Vaccination Hyderabad 1872-1889 - 1872-1889
Year: 1872
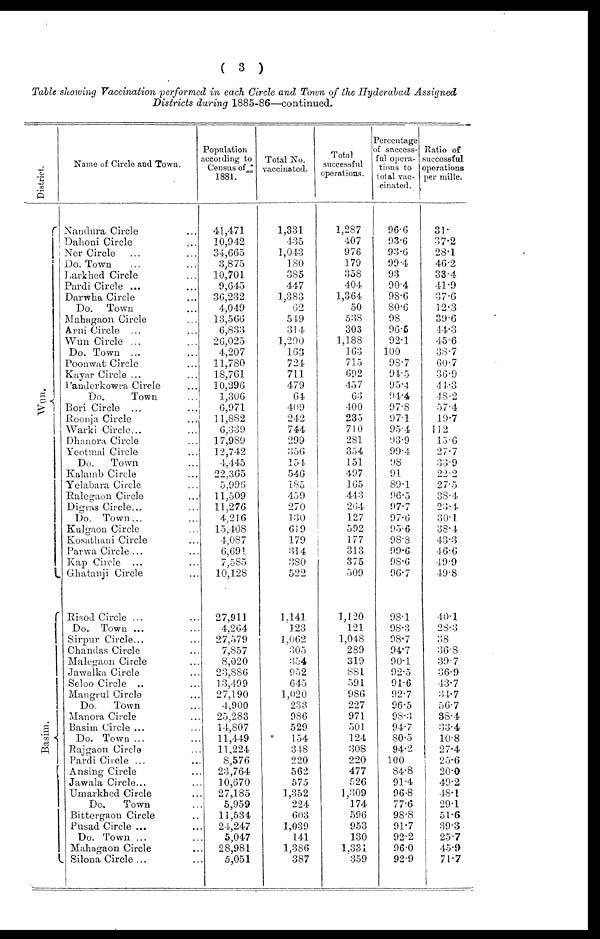
( 3 )
Table showing Vaccination performed in each Circle and Town of the Hyderabad Assigned
Districts during 1885-86—continued.
District.
Wun.
Basim.
Name of Circle and Town.
Nandura Circle ...
Dahoni Circle ...
Ner Circle ... ...
Do. Town ... ...
Larkhed Circle ...
Pardi Circle ... ...
Darwha Circle ...
Do. Town ...
Mahagaon Circle ...
Arni Circle ... ...
Wun Circle ... ...
Do. Town ... ...
Poonwat Circle ...
Kayar Circle ... ...
Panderkowra Circle ...
Do.
Town ...
Bori Circle ... ...
Roonja Circle ...
Warki Circle... ...
Dhanora Circle ...
Yeotmal Circle ...
Do.
Town ...
Kalamb Circle ...
Yelabara Circle ...
Ralegaon Circle ...
Digras Circle... ...
Do. Town... ...
Kulgaon Circle ...
Kosathani Circle ...
Parwa Circle ... ...
Kap Circle ... ...
Ghatanji Circle ...
Risod Circle ... ...
Do. Town ... ...
Sirpur Circle... ...
Chandas Circle ...
Malegaon Circle ...
Jawalka Circle ...
Seloo Circle ... ...
Mangrul Circle ...
Do.
Town ...
Manora Circle ...
Basim Circle ... ...
Do. Town ... ...
Rajgaon Circle ...
Pardi Circle ... ...
Ansing Circle ...
Jawala Circle... ...
Umarkhed Circle ...
Do.
Town ...
Bittergaon Circle ...
Pusad Circle ... ...
Do. Town ... ...
Mahagaon Circle ...
Silona Circle ... ...
Population
according to
Census of
1881.
41,471
10,942
34,665
3,875
10,701
9,645
36,232
4,049
13,566
6,833
26,025
4,207
11,780
18,761
10,296
1,306
6,971
11,882
6,339
17,989
12,742
4,445
22,365
5,996
11,509
11,276
4,216
15,408
4,087
6,691
7,585
10,128
27,911
4,264
27,579
7,857
8,020
23,886
13,499
27,190
4,900
25,283
14,807
11,449
11,224
8,576
23,764
10,670
27,185
5,959
11,534
24,247
5,047
28,981
5,051
Total No.
vaccinated.
1,331
435
1,043
180
385
447
1,383
62
549
314
1,290
163
724
711
479
64
409
242
744
299
356
154
546
185
459
270
130
619
179
314
380
522
1,141
123
1,062
305
354
952
645
1,020
233
986
529
154
348
220
562
575
1,352
224
603
1,039
141
1,386
387
Total
successful
operations.
1,287
407
976
179
358
404
1,364
50
538
303
1,188
163
715
692
457
63
400
235
710
281
354
151
497
165
443
264
127
592
177
313
375
509
1,120
121
1,048
289
319
881
591
986
227
971
501
124
308
220
477
526
1,309
174
596
953
130
1,331
359
Percentage
of success-
ful opera-
tions to
total vac-
cinated.
96.6
93.6
93.6
99.4
93
90.4
98.6
80.6
98
96.5
92.1
100
98.7
94.5
95.4
94.4
97.8
97.1
95.4
93.9
99.4
98
91
89.1
96.5
97.7
97.6
95.6
98.8
99.6
98.6
96.7
98.1
98.3
98.7
94.7
90.1
92.5
91.6
92.7
96.5
98.3
94.7
80.5
94.2
100
84.8
91.4
96.8
77.6
98.8
91.7
92.2
96.0
92.9
Ratio of
successful
operations
per mille.
31.
37.2
28.1
46.2
33.4
41.9
37.6
12.3
39.6
44.3
45.6
38.7
60.7
36.9
44.3
48.2
57.4
19.7
112
15.6
27.7
33.9
22.2
27.5
38.4
23.4
30.1
38.4
43.3
46.6
49.9
49.8
40.1
28.3
38
36.8
39.7
36.9
43.7
34.7
56.7
38.4
33.4
10.8
27.4
25.6
20.0
49.2
48.1
29.1
51.6
39.3
25.7
45.9
71.7